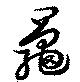
鼂